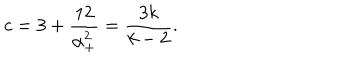
c = 3 + \frac { 1 2 } { \alpha _ { + } ^ { 2 } } = { \frac { 3 k } { k - 2 } } .